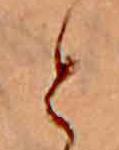
と